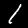
Digit: 1